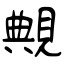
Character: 覥